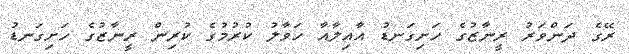
ރޭގެ ދަންވަރު ރީނާޒުގެ ހަށިގަނޑު އާއިލާއާ ހަވާލު ކުރުމުގެ ކުރިން ރީނާޒުގެ ހަށިގަނޑު